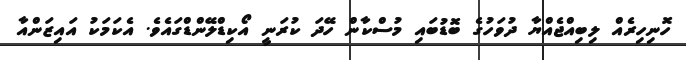
ހޮނިހިރެއް ލިބިއްޖެއްޔާ ދުވަހުގެ ބޮޑުބައި މުސްކާން ހޭދަ ކުރަނީ އޯކިޑްލޭންޑްގައެވެ. އެކަމަކު އައިޒަންއާ